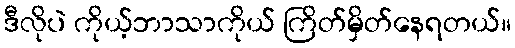
ဒီလိုပဲ ကိုယ့်ဘာသာကိုယ် ကြိတ်မှိတ်နေရတယ်။